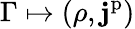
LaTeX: \Gamma\mapsto(\rho,\mathbf{j}^{\mathrm{p}})